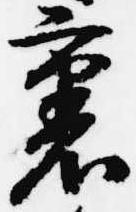
裏